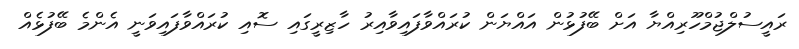
ރައީސުލްޖުމްހޫރިއްޔާ އަށް ބޭފުޅުން އައްޔަން ކުރައްވާފައިވާއިރު ހާޒިރީގައި ސޮއި ކުރައްވާފައިވަނީ އެންމެ ބޭފުޅެއް